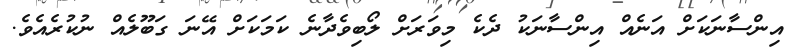
އިންސާނަކަށް އަނެއް އިންސާނަކު ދެކެ މިވަރަށް ލޯބިވެދާނެ ކަމަކަށް އޭނަ ގަބޫލެއް ނުކުރެއެވެ.